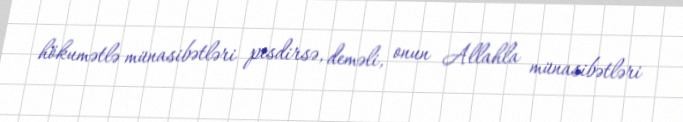
hökumətlə münasibətləri pisdirsə, deməli, onun Allahla münasibətləri